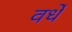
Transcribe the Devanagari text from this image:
वर्धे